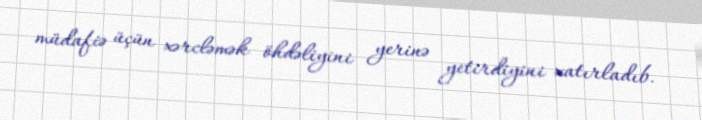
müdafiə üçün xərcləmək öhdəliyini yerinə yetirdiyini xatırladıb.